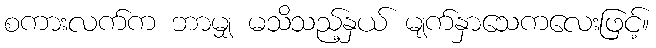
စကားလက်က ဘာမျှ မသိသည့်နှယ် မျက်နှာသေကလေးဖြင့်။